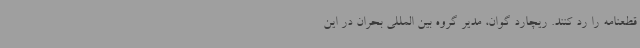
قطعنامه را رد کنند. ریچارد گوان، مدیر گروه بین المللی بحران در این